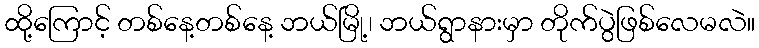
ထို့ကြောင့် တစ်နေ့တစ်နေ့ ဘယ်မြို့၊ ဘယ်ရွာနားမှာ တိုက်ပွဲဖြစ်လေမလဲ။